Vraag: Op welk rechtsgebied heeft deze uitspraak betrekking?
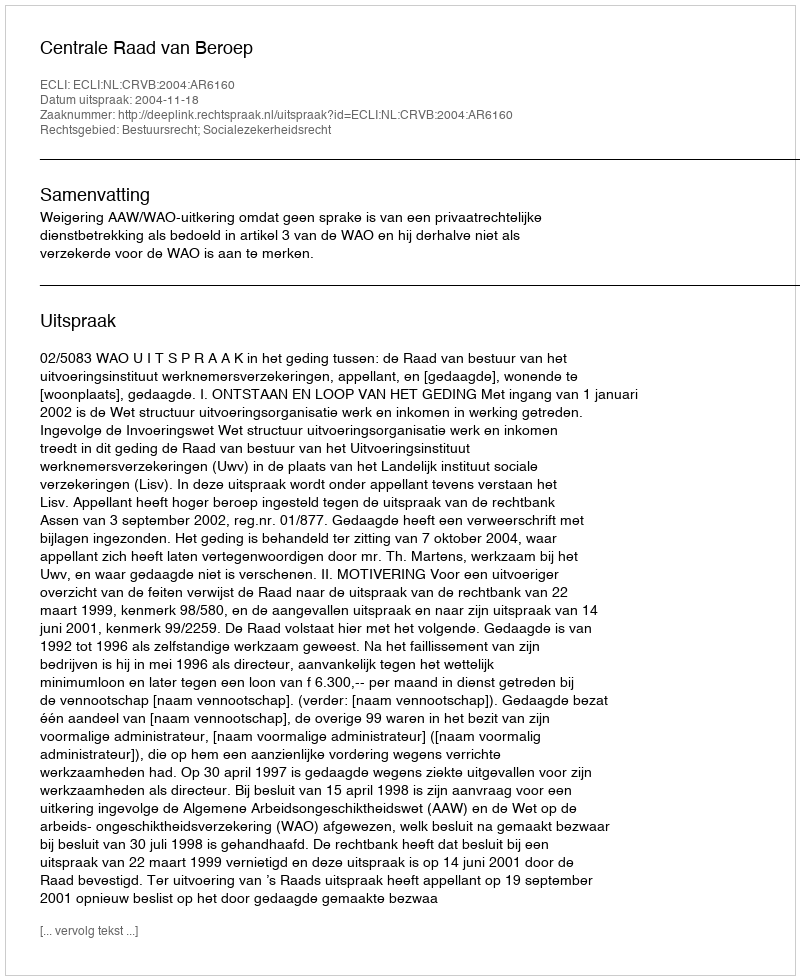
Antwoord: Bestuursrecht; Socialezekerheidsrecht